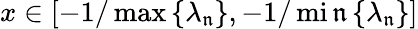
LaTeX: x\in[-1/\operatorname*{max}\left\{ \lambda_{\mathfrak{n}}\right\} ,-1/\operatorname*{mi\mathfrak{n}}\left\{ \lambda_{\mathfrak{n}}\right\} ]